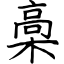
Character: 槀